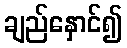
ချည်နှောင်၍